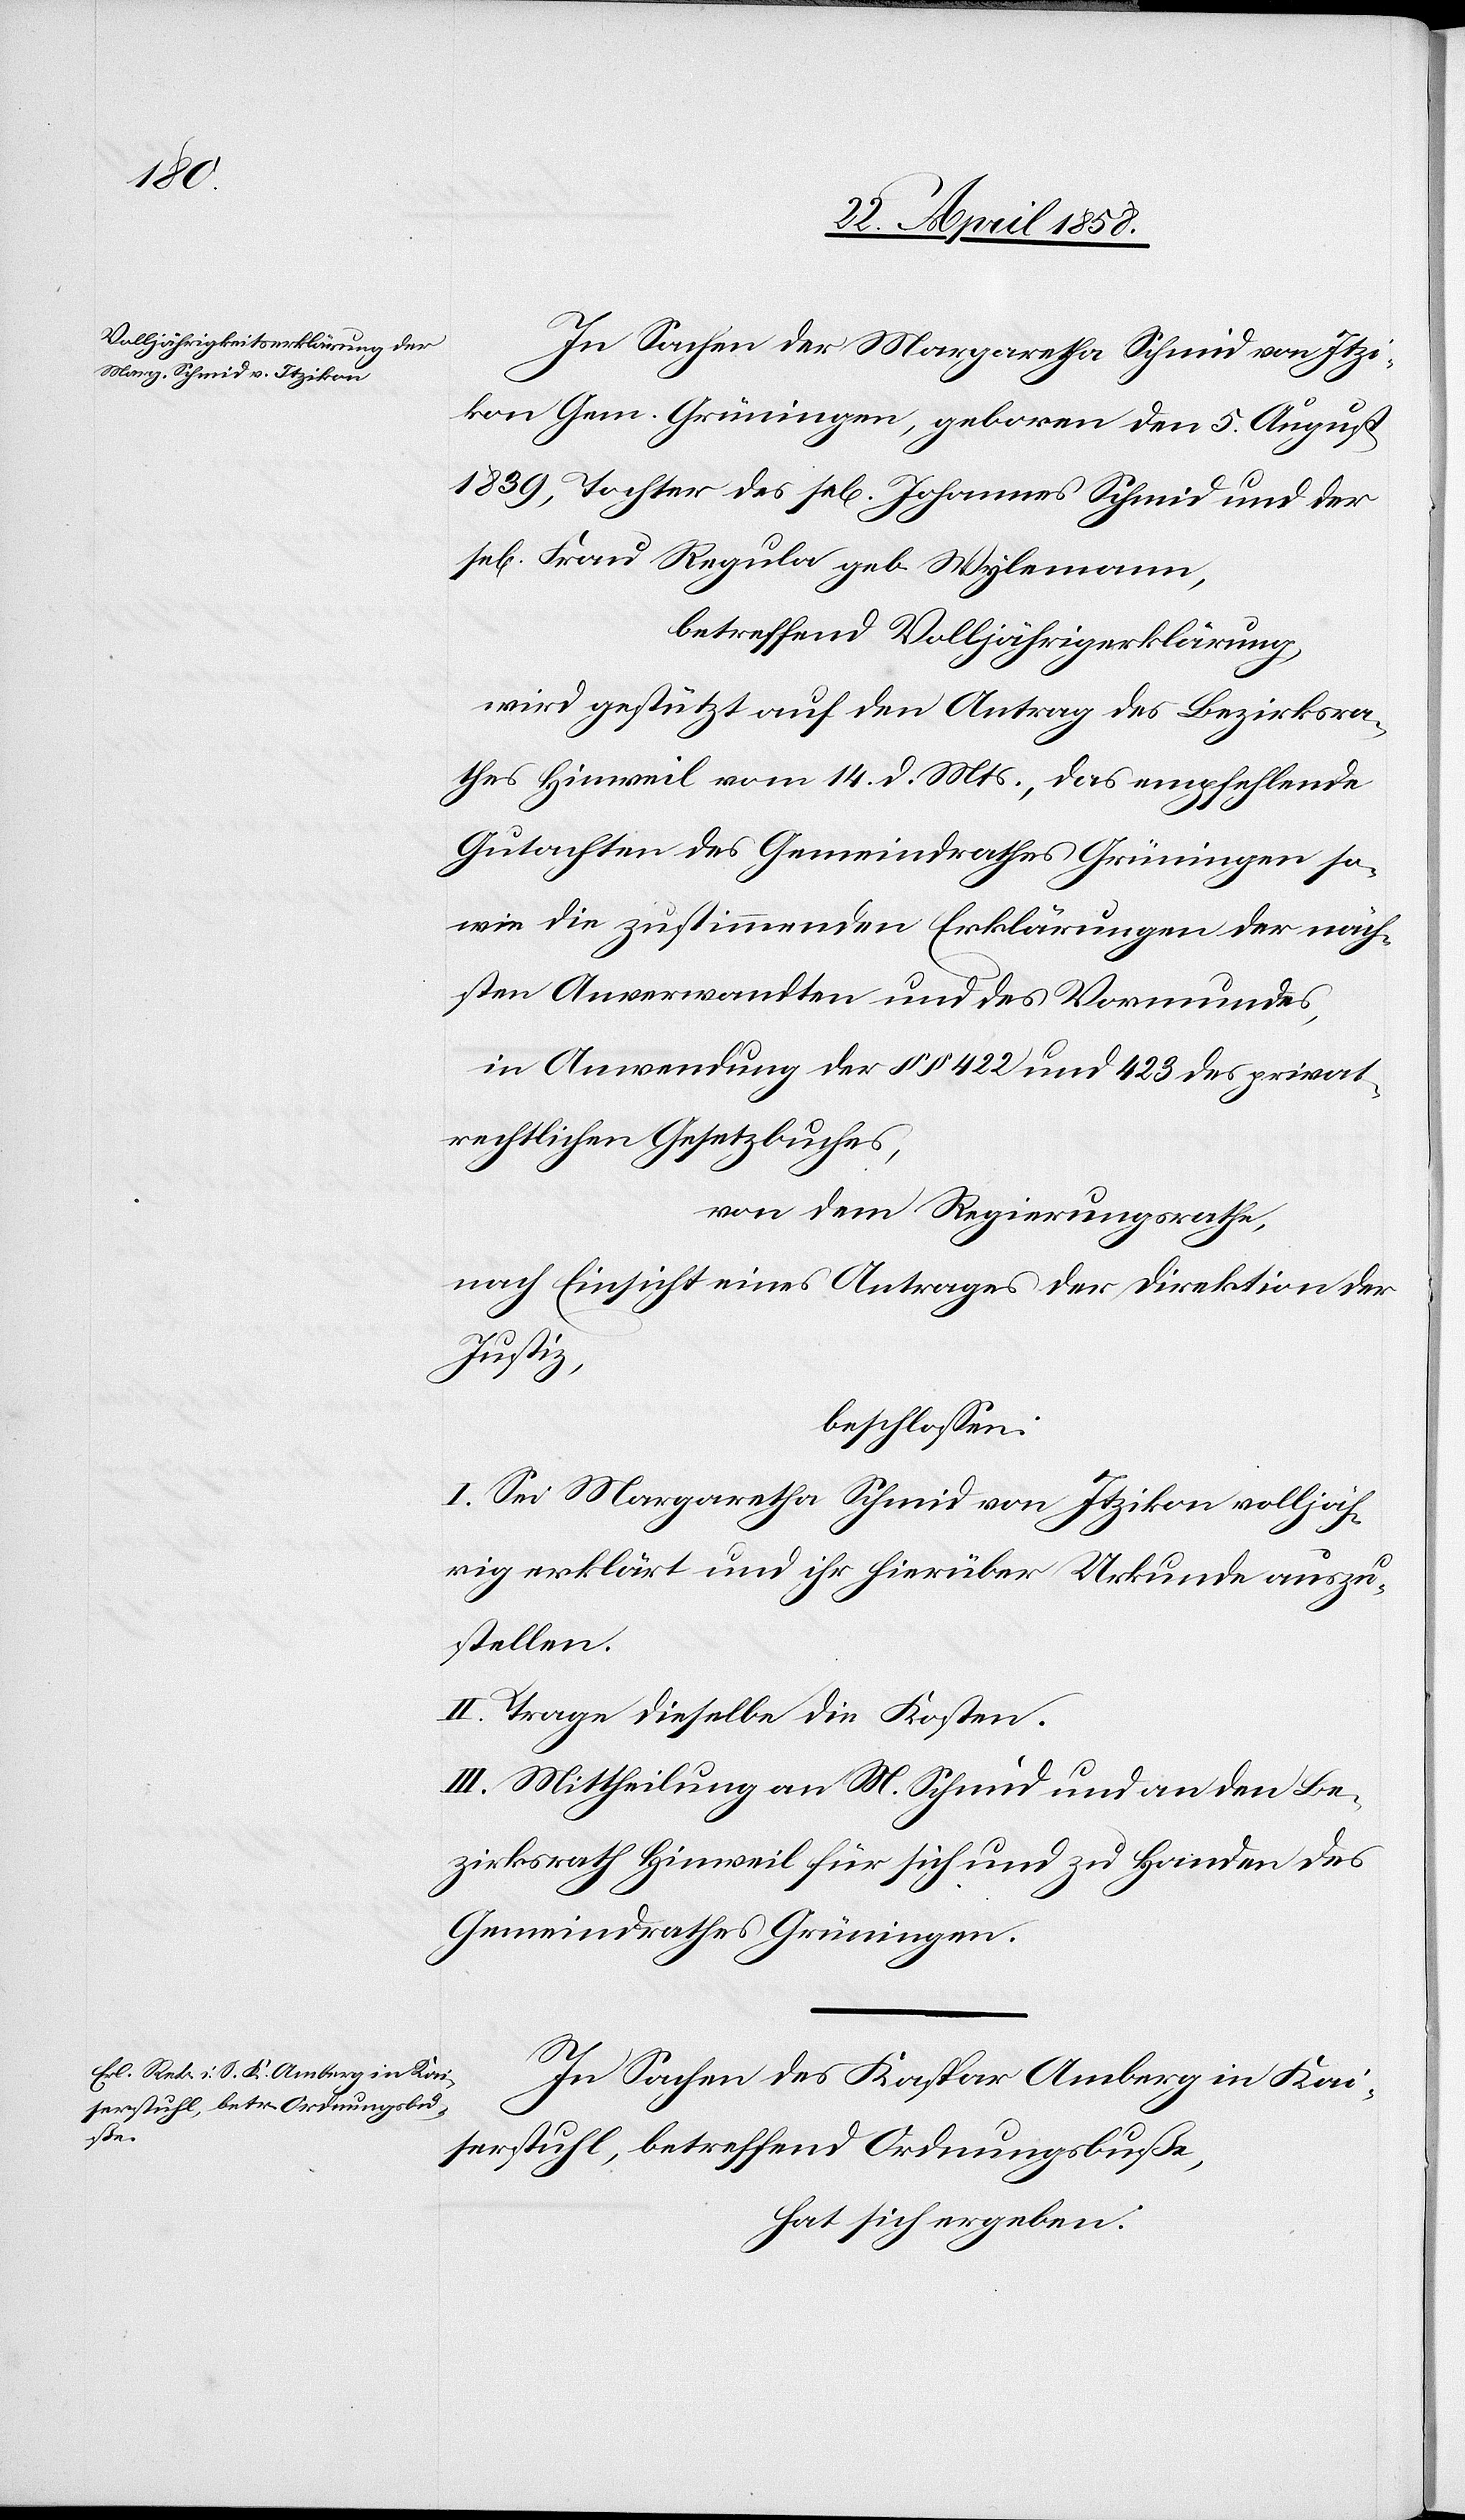
se[li¬

In Sachen der Margaretha Schmid von Itzi¬
kon Gem. Grüningen, geboren den 5. August
1839, Tochter des se[ligen] Johannes Schmid und der
gen] Frau Regula geb. Wylemann,
betreffend Volljährigerklärung,
wird gestützt auf den Antrag des Bezirksra¬
thes Hinweil vom 14. d. Mts., das empfehlende
Gutachten des Gemeindrathes Grüningen so¬
wie die zustimmenden Erklärungen der näch¬
sten Anverwandten und des Vormundes,
in Anwendung der §§ 422 und 423 des privat¬
rechtlichen Gesetzbuches,
von dem Regierungsrathe,
nach Einsicht eines Antrages der Direktion der
Justiz,
beschlossen:
I. Sei Margaretha Schmid von Itzikon volljäh¬
rig erklärt und ihr hierüber Urkunde auszu¬
stellen.
II. Trage dieselbe die Kosten.
III. Mittheilung an M. Schmid und an den Be¬
zirksrath Hinweil für sich und zu Handen des
Gemeindrathes Grüningen.
In Sachen des Kaspar Amberg in Kai¬
serstuhl, betreffend Ordnungsbuße,
hat sich ergeben: